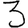
Digit: 3